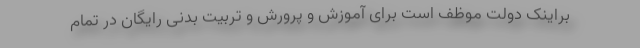
براینک دولت موظف است برای آموزش و پرورش و تربیت بدنی رایگان در تمام